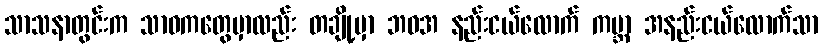
သာသနာတွင်းက သာဝကတွေမှာလည်း တချို့မှာ ဘဝအ နည်းငယ်လောက် ကမ္ဘာ အနည်းငယ်လောက်သာ